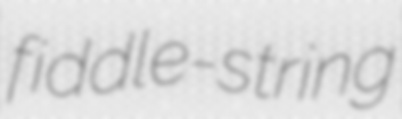
fiddle-string